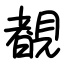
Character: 覩